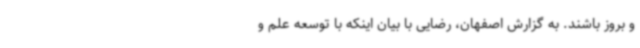
و بروز باشند. به گزارش اصفهان، رضایی با بیان اینکه با توسعه علم و